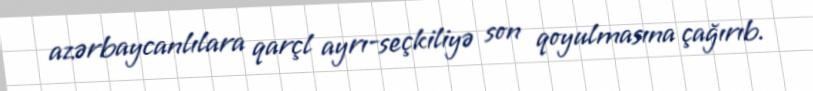
azərbaycanlılara qarçl ayrı-seçkiliyə son qoyulmasına çağırıb.